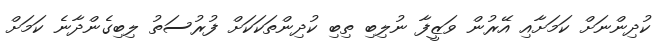
ކުދިންނަށް ކަމަށާއި އޭރުން ވަޒީފާ ނުލިބި ތިބި ކުދިންތަކަކަށް ފުރުސަތު ލިބިގެންދާނެ ކަމަށް